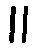
။